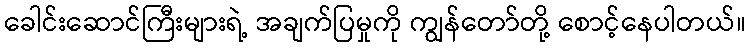
ခေါင်းဆောင်ကြီးများရဲ့ အချက်ပြမှုကို ကျွန်တော်တို့ စောင့်နေပါတယ်။